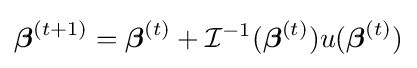
{\boldsymbol {\beta }}^{(t+1)}={\boldsymbol {\beta }}^{(t)}+{\mathcal {I}}^{-1}({\boldsymbol {\beta }}^{(t)})u({\boldsymbol {\beta }}^{(t)})